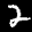
Label: 2